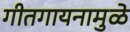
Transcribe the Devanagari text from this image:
गीतगायनामुळे